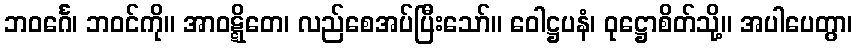
ဘဝင်္ဂေ၊ ဘဝင်ကို။ အာဝဋ္ဋိတေ၊ လည်စေအပ်ပြီးသော်။ ဝေါဋ္ဌပနံ၊ ဝုဋ္ဌောစိတ်သို့။ အပါပေတွာ၊